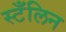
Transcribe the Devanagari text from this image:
स्टँलिन